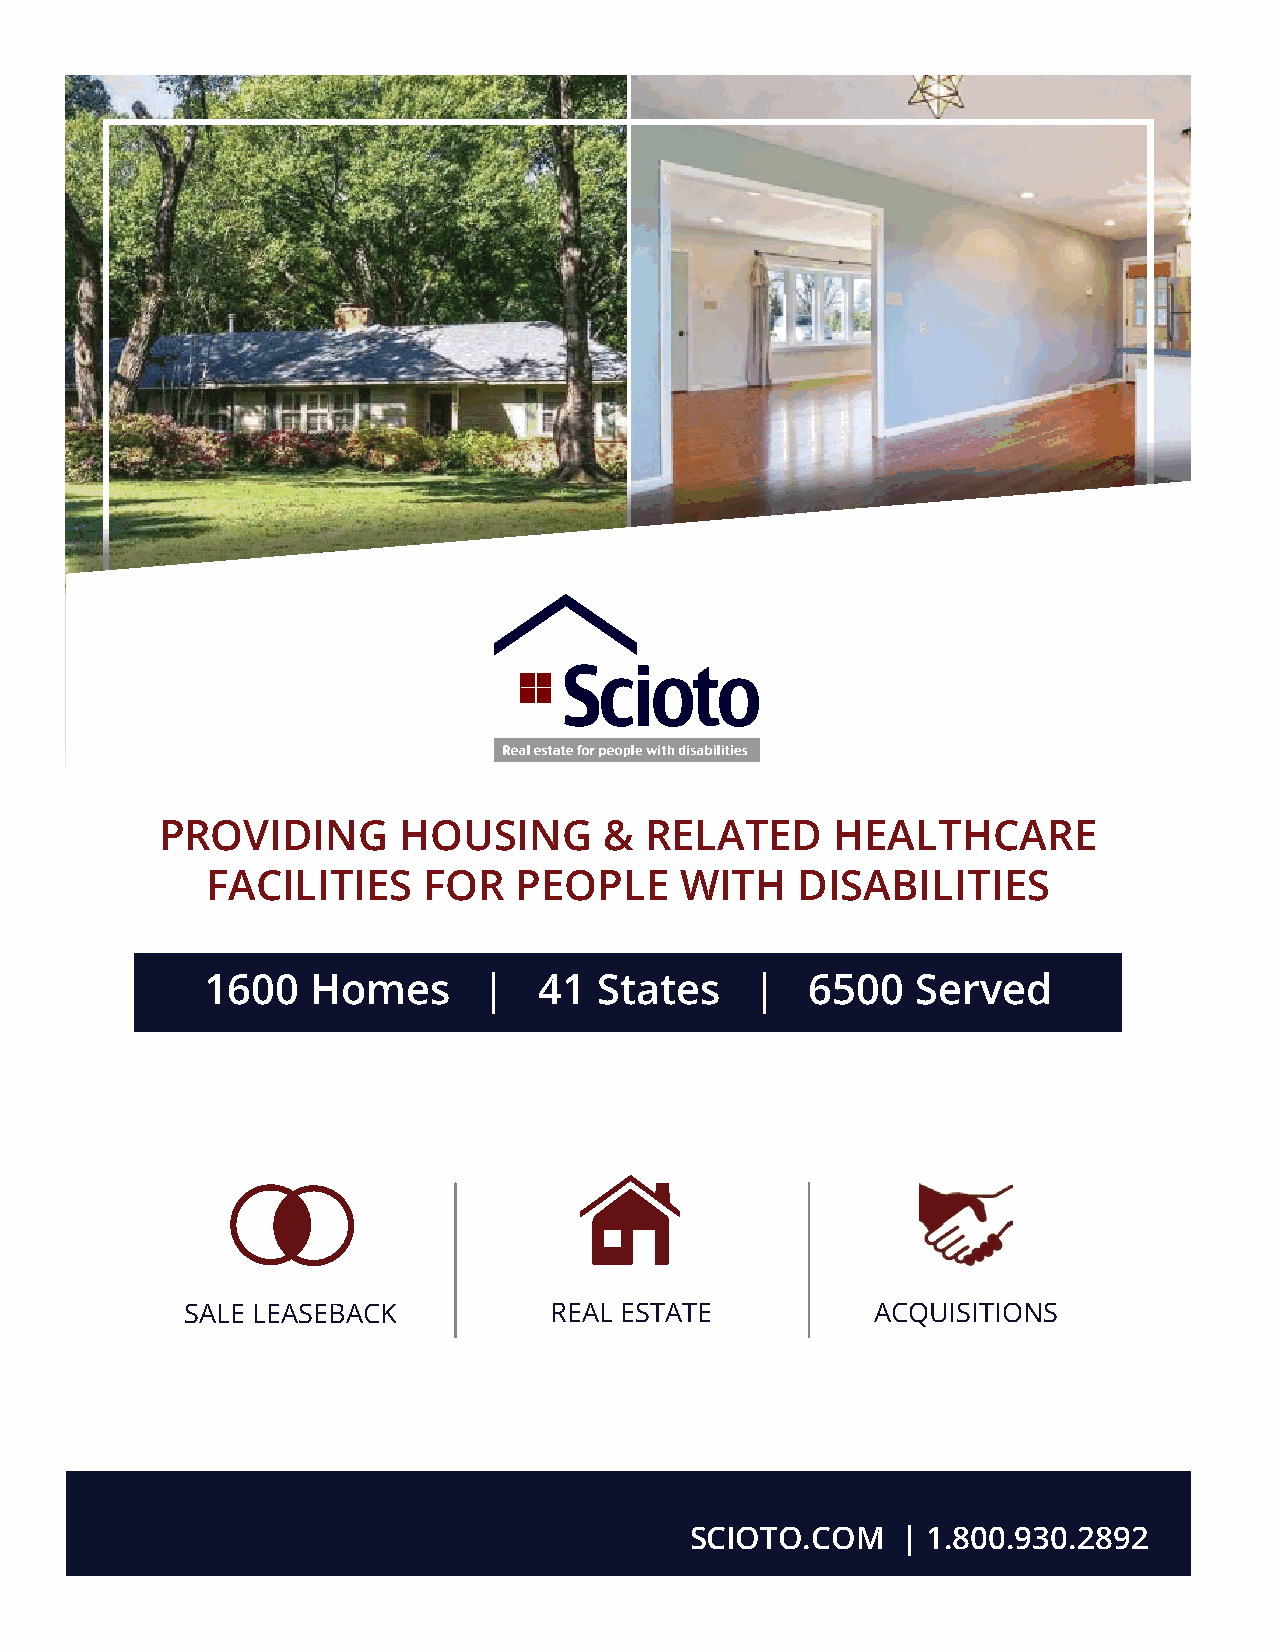
PROVIDING      HOUSING       &  RELATED     HEALTHCARE
 FACILITIES    FOR   PEOPLE     WITH    DISABILITIES
 1600   Homes      |   41  States    |   6500   Served
 SALE LEASEBACK          REAL ESTATE           ACQUISITIONS
 SCIOTO.COM    | 1.800.930.2892